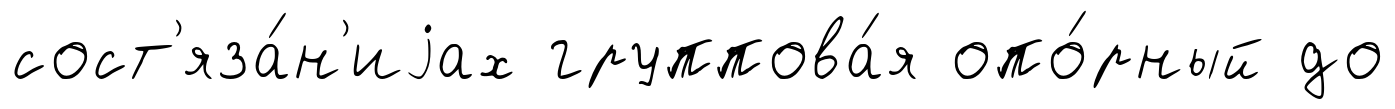
сост'яза́н'иjах группова́я опо́рный до